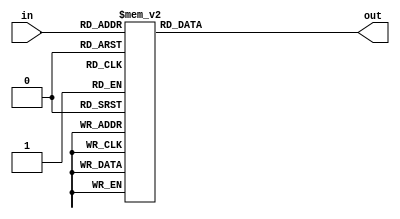




module Shift_Add3_algorithm(
	input [3:0] in, // four inputs
	output reg [3:0] out // four inputs
	);
	
	always @(in) // describing an event that should happen to input when a certain condition is met
	case (in) // switch statements
	4'b0000: out<=4'b0000; // 0
	4'b0001: out<=4'b0001; // 1
	4'b0010: out<=4'b0010; // 2
	4'b0011: out<=4'b0011; // 3
	4'b0100: out<=4'b0100; // 4
	4'b0101: out<=4'b1000; // 5 Adding 3
	4'b0110: out<=4'b1001; // 6 Adding 3 because >5
	4'b0111: out<=4'b1010; // 7
	4'b1000: out<=4'b1011; // 8
	4'b1001: out<=4'b1100; // 9
	default: out<=4'b0000;
	endcase
	
	
endmodule